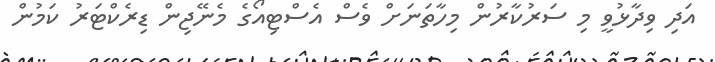
އަދި ވިދާޅުވީ މި ސަރުކާރުން މިހާތަނަށް ވެސް އެސްޓިއޯގެ މެނޭޖިން ޑިރެކްޓަރު ކަމުން